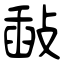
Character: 敮